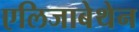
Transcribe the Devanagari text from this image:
एलिजाबेथेन